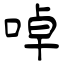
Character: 啅